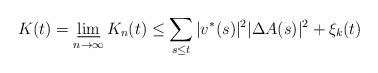
LaTeX: \begin{align*} K(t)=\varliminf_{n\to\infty}K_n(t) \leq \sum_{s\leq t} |{v}^{\ast}(s)|^2|\Delta A(s)|^2 + \xi_{k}(t) \end{align*}